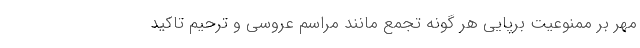
مهر بر ممنوعیت برپایی هر گونه تجمع مانند مراسم عروسی و ترحیم تاکید